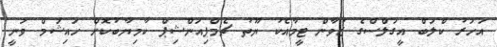
އަހަރު ކްލަބް އީގަލްސްގެ ޒުވާން ޓީމާއެކު ޔޫތު ޗެމްޕިއަންޝިޕް ކާމިޔާބުކޮށް ހައިޝަމް ވަނީ